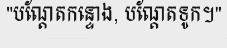
"បណ្តែតកន្ទោង, បណ្តែតទូក។"